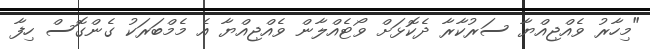
"މިހާރު ވެއްޖިއްޔާ ސަރުކާރާ ދެކޮޅަށް ވޯޓެއްލާން ވެއްޖިއްޔާ އެ މެމްބަރަކު ގެންގޮސް ހިފާ